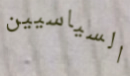
السياسيين